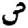
Digit: 3